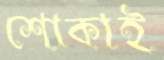
শোকাই